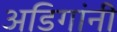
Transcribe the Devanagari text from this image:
अडिगांनी